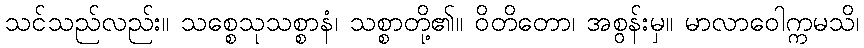
သင်သည်လည်း။ သစ္စေသုသစ္စာနံ၊ သစ္စာတို့၏။ ဝိတိတော၊ အစွန်းမှ။ မာလာဝေါက္ကမသိ၊